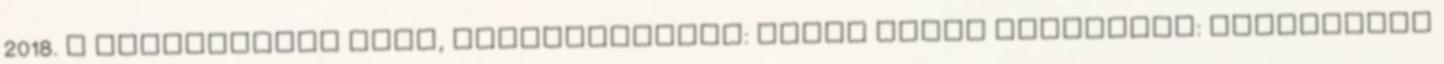
2018. A címszavakat írta, szerkesztette: Kozák Péter Kapcsolat: kozakpeter